Vaccination in Burma 1912-1922 - 1912-1922
Year: 1912
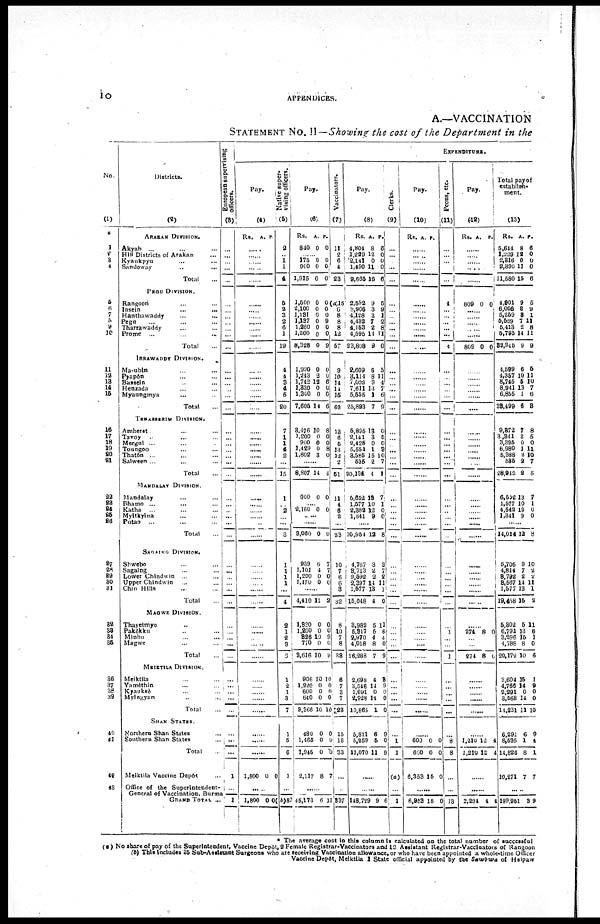
10
APPENDICES.
A.—VACCINATION
STATEMENT No. II— Showing the cost of the Department in the
No.
(1)
1
2
3
4
5
6
7
8
9
10
11
12
13
14
15
16
17
18
19
20
21
22
23
24
25
26
27
28
29
30 31
32
33
34
35
36
37
38
39
40
41
42
43
Districts.
(2)
ARAKAN DIVISION.
Akyab ... ... ...
Hill Districts of Arakan ...
Kvaukpyu
...
...
Sandoway ... ...
Total ...
PEGU DIVISION.
Rangoon ... ...
Insein
...
...
Hanthawaddy
...
...
Pegu ... ... ...
Tharrawaddy ... ...
Prome ... ... ...
Total ...
IRRAWADDY DIVISION.
Ma-ubin ... ...
Pyapôn ... ...
Bassein ... ...
Henzada ... ...
Myaungmya ... ...
Total ...
TREASSERIM DIVISION.
Amherst ... ...
Tavoy ... ... ...
Mergni ... ... ...
Toungoo ... ... ...
Thatôn ... ... ...
Salween ... ... ...
Total ...
MANDALAY DIVISION.
Mandalay ... ...
Bhamo ... ... ...
Katha
... ... ...
Myitkyina ... ...
Putao ... ... ...
Total ...
SAGAING DIVISION.
Shwebo ... ...
Sagaing ... ...
Lower Chindwin ... ...
Upper Chindwin ... ...
Chin Hills ... ...
Total ...
MAGWE DIVISION.
Thayetmyo ... ...
Pakôkku ... ...
Minbu ... ...
Magwe ... ...
Total ...
MEIKTILA DIVISION.
Meiktila ... ...
Yamèthin ... ...
Kyauksè ... ...
Myingyan
...
...
Total ...
SHAN STATES.
Northern Shan States ...
Southern Shan States ...
Total ...
Meiktila Vaccine Depôt ...
Office of the Superintendent-
General of Vaccination, Burma
GRAND TOTAL ...
European supervising
officers.
(3)
...
...
...
...
...
...
...
...
...
...
...
...
...
...
...
...
...
...
...
...
...
...
...
...
...
...
...
...
...
...
...
...
... ...
...
...
...
...
...
...
...
...
...
... ...
...
...
...
...
...
1
...
1
EXPENDITURE.
Pay.
(4)
Rs. A. P.
......
......
......
......
......
......
......
......
......
......
......
......
......
......
......
......
......
......
......
......
......
......
......
......
......
......
......
......
......
......
......
......
......
......
......
......
......
......
......
......
......
......
......
......
......
......
......
......
......
......
1,800 0 0
......
1,800 0 0
Native super¬
vising officers.
(5)
2
...
1
1
4
5
2 3
2
6
1
19
4
4
3
4
5
20
7
1
1
4
2
...
15
1
...
2
...
...
3
1
1
1
1
...
4
2
1
2
3
3
1
2
1
3
7
1
5
6
1
...
(b)87
Pay.
(6)
Rs.
840
A.
0
P.
0
......
175
900
1,915
0
0
0
0
0
0
1,500
2,100
1,131
1,137
1,260
1,200
8,328
0
0
0
0
0
0
0
0
0
0
9
0
0 9
1,990
1,243
1,742
1,330
1,300
7,605
0
2
12
0
0
14
0
0
6
0
0
6
3,476
1,200
900
1,429
1,802
10
0
0
0
8
8
0
0
8
0
......
8,807 14 4
900 0 0
......
2,160 0 0
......
......
3,060 0 0
939
1,101
1,200
1,170
6
4
0
0
7
7
0
0
......
4,410 11 2
1,820
1,200
326
770
3,616
0
0
10
0
10
0
0
9
0
9
906
1,220
600
640
8,366
10
0
0
0
10
10
0
0
0
10
480
1,465
1,945
2,117
0
0
0
8
0
0
0
7
......
45,173 6 11
Vaccinators.
(7)
11
2
6
4
23
(a)15
6
8
8
8
12
57
9
10
14
14
15
62
13
6
5
13
12
2
51
11
4
6
2
...
23
10
7
6 6
3
32
8
10
7
8
38
6
7
3
7
23
15
18
33
...
...
837
Pay.
(8)
Rs.
4,804
1,229
2,141
1,490
9,665
A.
8
12
0
11
15
P.
6
0
0
0
6
2,592
3,906
4,128
4,432
4,153
4,595
23,808
9
3
3
7
2
14
9
5
9
1
2
8
11
0
2,609
3,114
7,002
7,611
5,555
25,893
6
8
9
13
1
7
5
11
4
7
6
9
5,895
2,141
2,425
5,551
3,585
535
20,134
13
3
0
1
15
2
4
0
5
0
3
10
7
1
5,652
1,577
2,382
1,341
13
10
12
9
7
1
0
0
......
10,954 12 8
4,767
3,713
2,592
2,397
1,577
15,048
3
2
2
14
13
4
3
7
2
11 1
0
3,982
5,317
2,970
4,018
16,288
5
5
4
8
7
11
6
4
0
9
2,698
3,546
1,691
2,928
10,865
4
14
0
14
1
3
9
0
0
0
5,811
5,259
11,070
6
5
11
9
0
9
......
......
143,729 9 6
Clerks.
(9)
...
...
...
...
...
...
...
...
...
...
...
...
...
...
...
...
...
...
...
...
...
...
...
...
...
...
...
...
...
...
...
...
...
...
...
...
...
...
...
...
...
...
...
...
...
...
...
...
1
1
(a)
...
1
Pay.
(10)
Rs.
A.
P.
......
......
......
......
......
......
......
......
......
......
......
......
......
......
......
......
......
......
......
......
......
......
......
......
......
......
......
......
......
......
......
......
......
......
......
......
......
......
......
......
......
......
......
......
......
......
......
......
600
600
6,353
0
0
15
0
0
0
......
6,953 15 0
Peons, etc.
(11)
...
...
...
...
...
4
...
...
...
...
...
4
...
...
...
...
...
...
... ...
...
...
...
...
...
...
...
...
...
...
...
...
...
...
...
...
...
...
1
...
...
1
...
...
...
...
...
...
8
8
...
...
13
Pay.
(12)
Rs. A. P.
......
......
......
......
......
809 0 0
......
......
......
......
809 0 0
......
......
......
......
......
......
......
......
......
......
......
......
......
......
......
......
......
......
......
......
......
......
......
......
......
......
274 8 0
......
......
274 8 0
......
......
......
......
......
......
1,210
1,210
12
12
4
4
......
......
2,294 4 4
Total pay of
establish-
ment.
(13)
Rs.
5,644
1,229
2,316
2,390
11,580
A.
8
12
0
11
15
P.
6
0
0
0
6
4,901
6,006
5,259
5,669
5,413
5,795
32,945
9
3
3
7
2
14
9
5
9
1
11
8
11
9
4,599
4,357
8,745
8,941
6,855
33,499
6
10
5
13
1
6
5
11
10
7
6
8
9,372
3,341
3,325
6,980
5,388
585
28,942
7
3 0
1
2
2
2
8
5
0
11
10
7
5
6,552
1,577
4,542
1,341
13
10
12
9
7
1
0
0
......
14,014 12 8
5,706
4,814
8,792
3,667
1,577
19,458
9
7
2
14
13
15
10
2
2
11
1
2
5,302
6,791
3,296
4,788
20,179
5
13
15
8
10
11
6
1
0
6
3,604
4,765
2,291
3,568
14,231
15
14
0
14
11
1
9
0
0
10
6,291
8,535
14,826
10,271
6
1
8
7
9
4
1
7
......
199,951 3 9
* The average cost in this column is calculated on the total number of successful
(a ) No share of pay of the Superintendent, Vaccine Depôt, 2 Female Registrar-Vaccinators and 12 Assistant Registrar-Vaccinators of Rangoon
(b) This includes 35 Sub-Assistant Surgeons who are receiving Vaccination allowance, or who have been appointed a whole-time Officer
Vaccine Depôt, Meiktila 1 State official appointed by the Sawbwa of Hsipaw